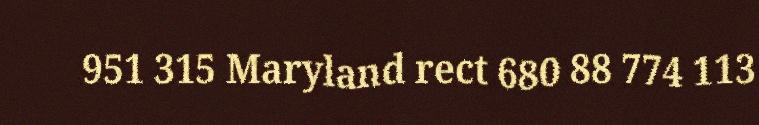
951 315 Maryland rect 680 88 774 113